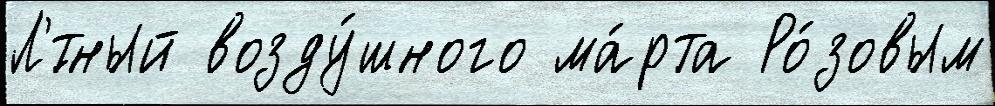
Л'́тный возду́шного ма́рта Ро́зовым